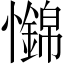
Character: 𢥅